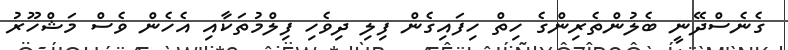
ގެނެސްދޭނީ ބެލުންތެރިންގެ ހިތް ހިފައިގެން ފިލި ދިވެހި ފިލްމުތަކާއި އެހެން ވެސް މަޝްހޫރު